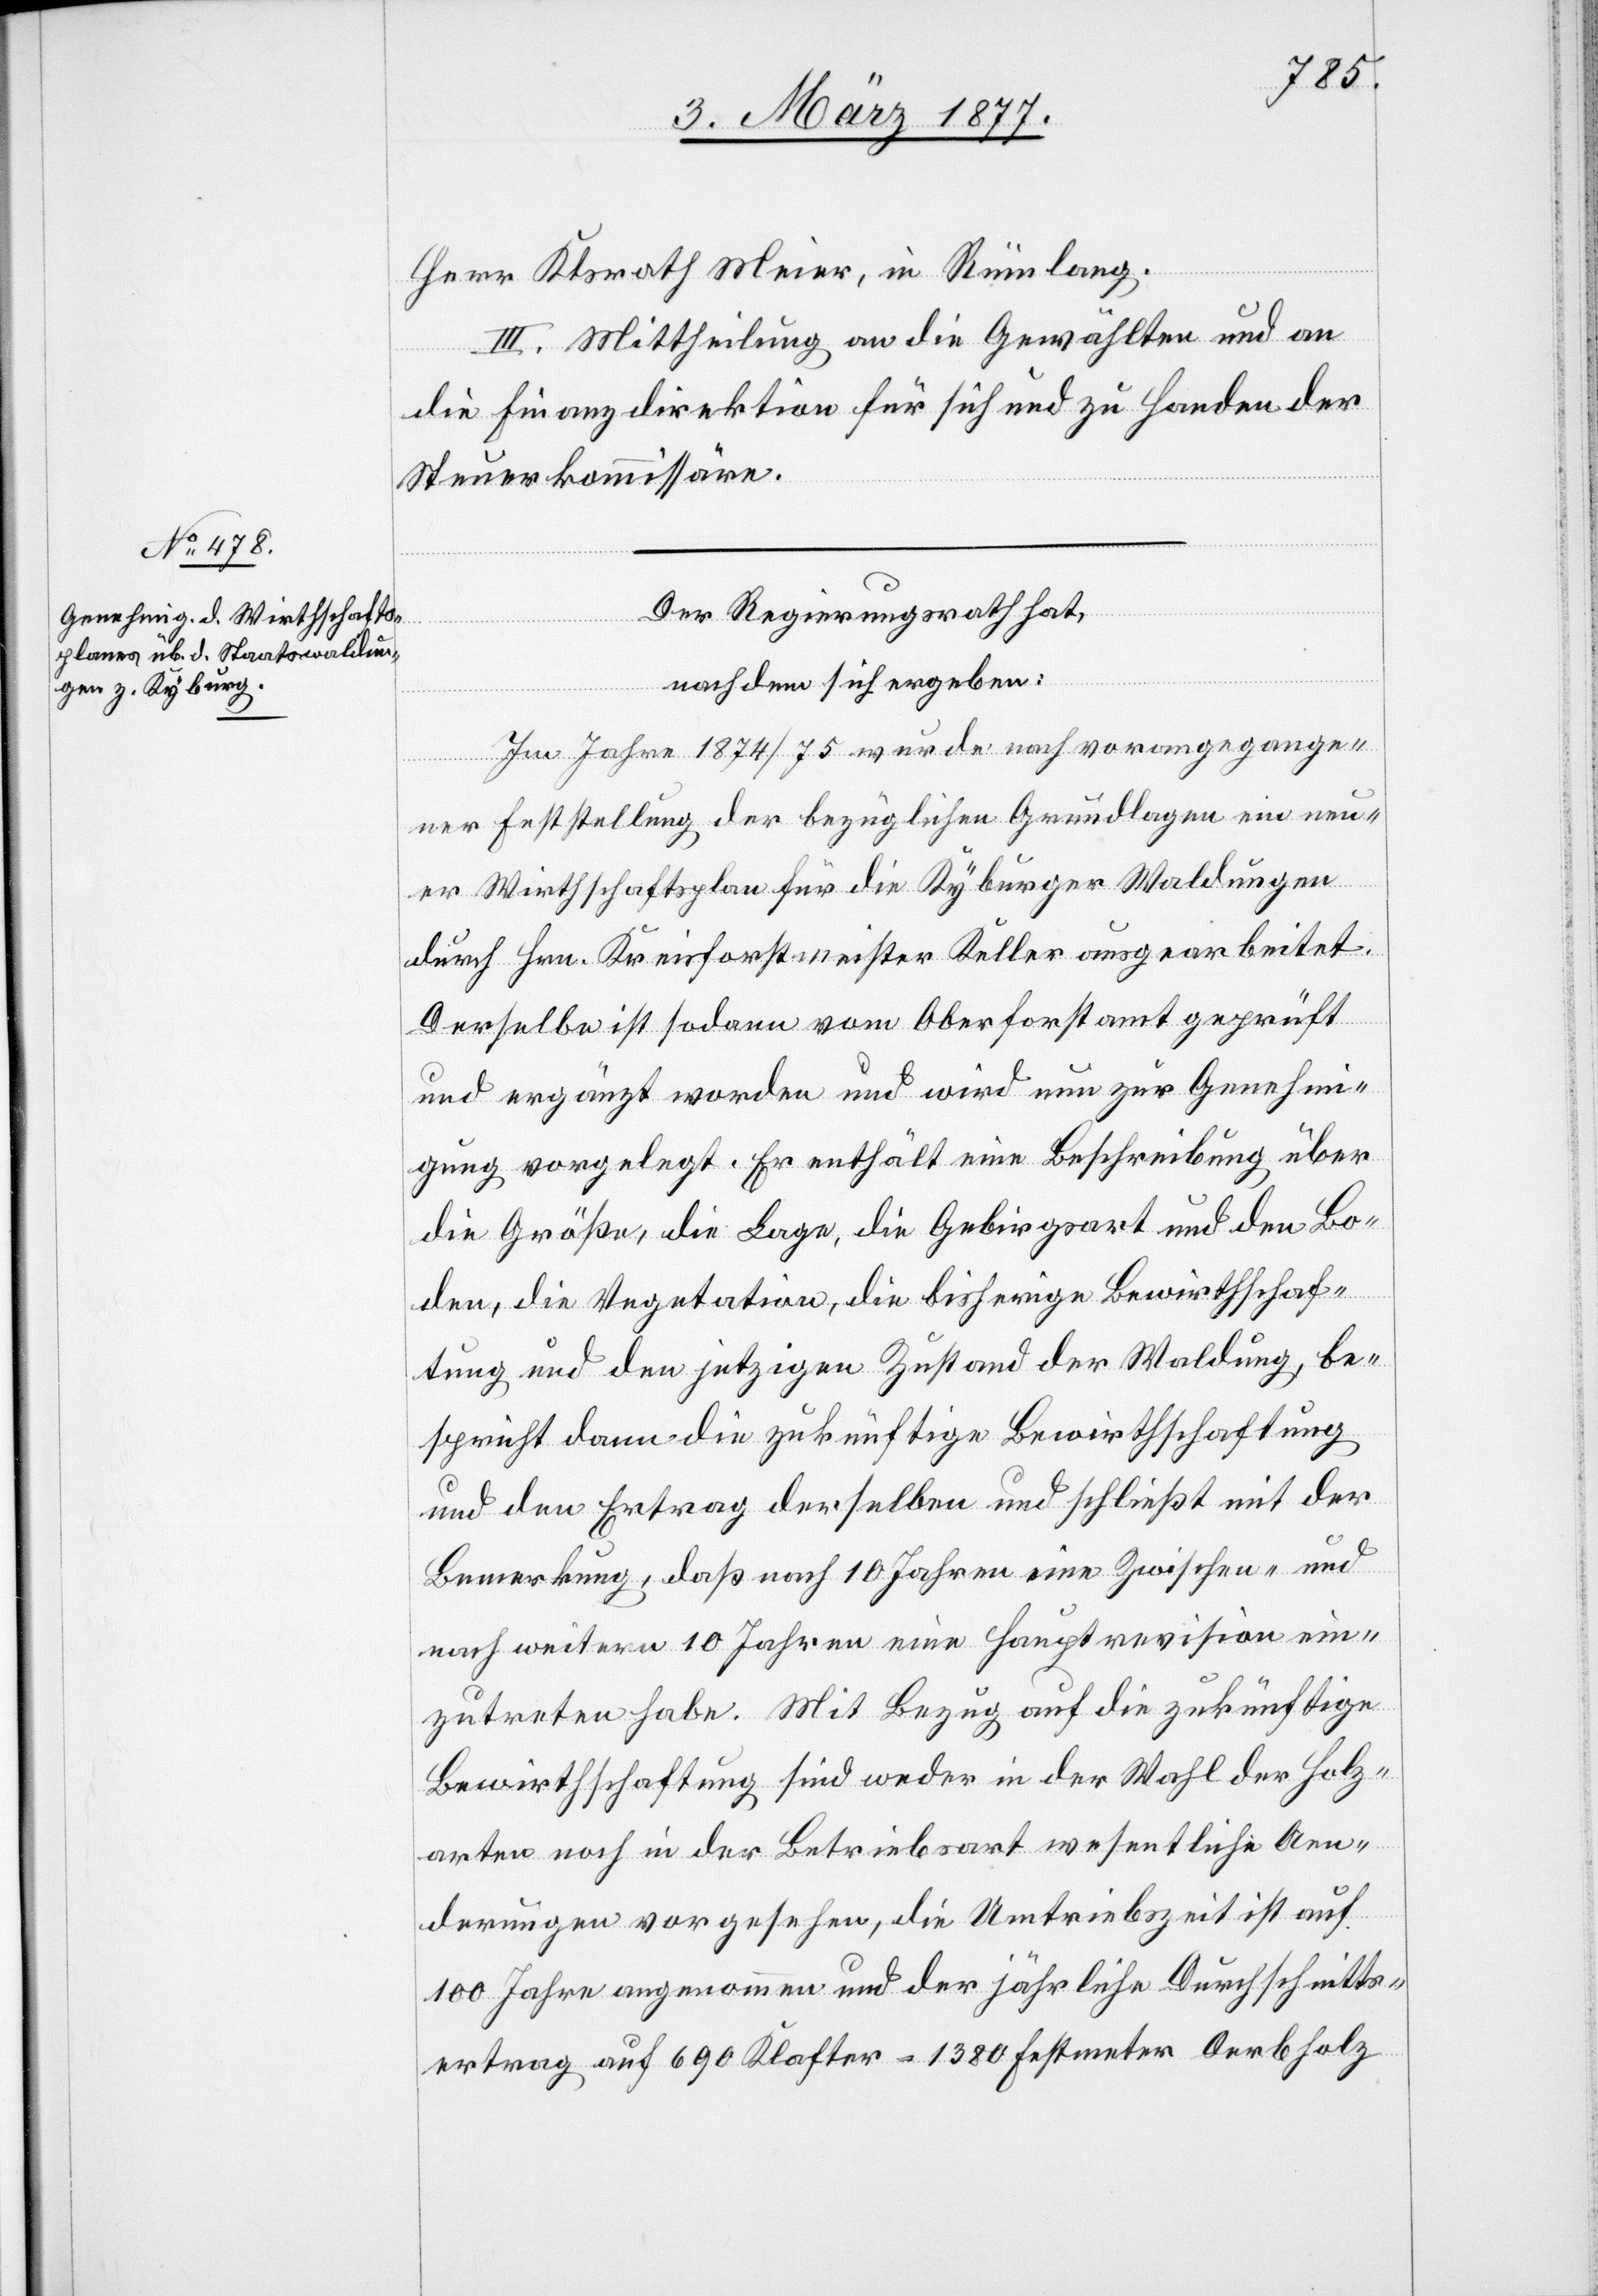
Ktsrath Meier, in Rümlang.
III. Mittheilung an die Gewählten und an
die Finanzdirektion für sich und zu Handen der
Steuerkommissäre.
Der Regierungsrath hat,
nachdem sich ergeben:
Im Jahre 1874/75 wurde nach vorangegange¬
ner Feststellung der bezüglichen Grundlagen ein neu¬
er Wirthschaftsplan für die Kyburger Waldungen
durch Hrn. Kreisforstmeister Keller ausgearbeitet.
Herr
Derselbe ist sodann vom Oberforstamt geprüft
und ergänzt worden und wird nun zur Genehmi¬
gung vorgelegt. Er enthält eine Beschreibung über
die Größe, die Lage, die Gebirgsart und den Bo¬
den, die Vegetation, die bisherige Bewirthschaf¬
tung und den jetzigen Zustand der Waldung, be¬
spricht dann die zukünftige Bewirthschaftung
und den Ertrag derselben und schließt mit der
Bemerkung, daß nach 10 Jahren eine Zwischen- und
nach weitern 10 Jahren eine Hauptrevision ein¬
zutreten habe. Mit Bezug auf die zukünftige
Bewirthschaftung sind weder in der Wahl der Holz¬
arten noch in der Betriebsart wesentliche Aen¬
derungen vorgesehen, die Umtriebszeit ist auf
100 Jahre angenommen und der jährliche Durchschnitts¬
ertrag auf 690 Klafter = 1380 Festmeter Derbholz